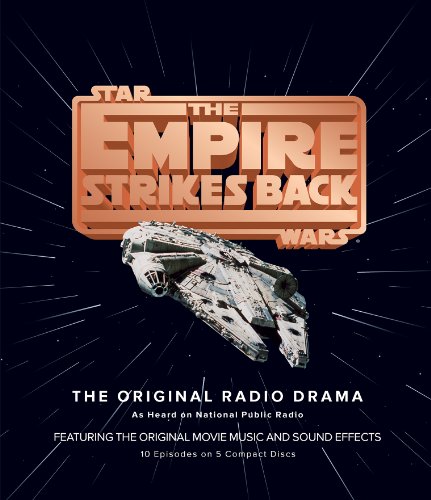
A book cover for The Empire Strikes Back  (Star Wars); Brian Daley; Humor & Entertainment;